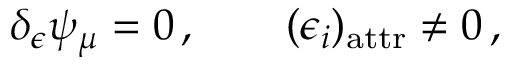
\delta _ { \epsilon } \psi _ { \mu } = 0 \, , \qquad ( \epsilon _ { i } ) _ { \mathrm { a t t r } } \neq 0 \, ,